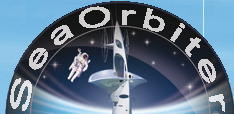
SeaOrbiter